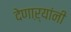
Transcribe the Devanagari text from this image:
देणाऱ्यांनी